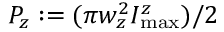
P _ { z } : = ( \pi w _ { z } ^ { 2 } I _ { \operatorname* { m a x } } ^ { z } ) / 2